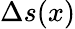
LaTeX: \Delta s(x)